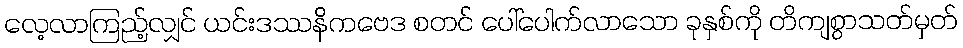
လေ့လာကြည့်လျှင် ယင်းဒဿနိကဗေဒ စတင် ပေါ်ပေါက်လာသော ခုနှစ်ကို တိကျစွာသတ်မှတ်